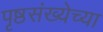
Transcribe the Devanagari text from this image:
पृष्ठसंख्येच्या